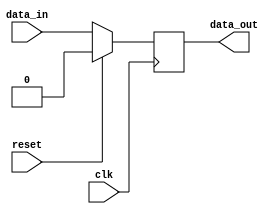
module IO_blocks_compensated_buffer (
    input wire clk,
    input wire reset,
    input wire data_in,
    output wire data_out
);

reg buffer_data;

always @ (posedge clk) begin
    if (reset) begin
        buffer_data <= 1'b0;
    end else begin
        buffer_data <= data_in;
    end
end

assign data_out = buffer_data;

endmodule